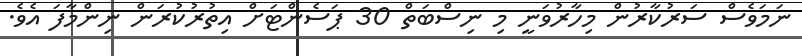
ނަމަވެސް ސަރުކާރުން މިހާރުވަނީ މި ނިސްބަތް 30 ޕަސެންޓަށް އިތުރުކުރަން ނިންމާފަ އެވެ.